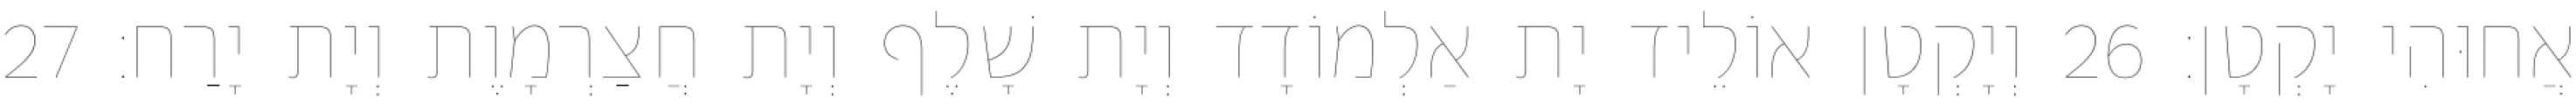
אֲחוּהִי יָקְטָן׃ 26 וְיָקְטָן אוֹלֵיד יָת אַלְמוֹדָד וְיָת שָׁלֶף וְיָת חֲצַרְמָוֶת וְיָת יָרַח׃ 27